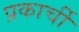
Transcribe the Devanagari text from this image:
प्रकार्ची